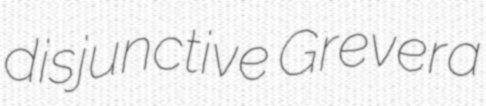
disjunctive Grevera